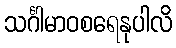
သင်္ဂါမာဝစရေနုပါလိ